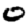
Digit: 0